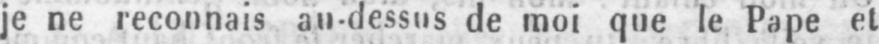
je ne reconnais au-dessus de moi que le Pape et